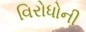
વિરોધોની